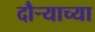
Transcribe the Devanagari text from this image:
दौऱ्याच्या